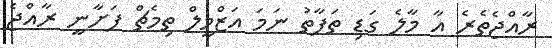
ރާއްޖެތެރެ އާ މާލެ ގަޑި ތަފާތު ނަމަ އަޒްމީލް ތިމެޗް ފަށާނީ ރާއްޖެ